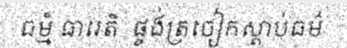
ធម្មំ ធារេតិ  ផ្ចង់ត្រចៀកស្តាប់ធម៌